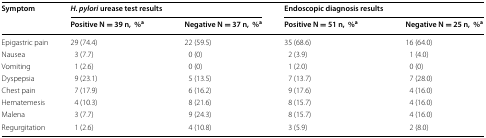
<table><thead><tr><td rowspan="2"><b>Symptom</b></td><td colspan="2"><b><i>H. pylori</i> urease test results</b></td><td colspan="2"><b>Endoscopic diagnosis results</b></td></tr><tr><td><b>Positive N = 39 n,%<sup>a</sup></b></td><td><b>Negative N = 37 n,%<sup>a</sup></b></td><td><b>Positive N = 51 n,%<sup>a</sup></b></td><td><b>Negative N = 25 n,%<sup>a</sup></b></td></tr></thead><tbody><tr><td>Epigastric pain</td><td>29 (74.4)</td><td>22 (59.5)</td><td>35 (68.6)</td><td>16 (64.0)</td></tr><tr><td>Nausea</td><td>3 (7.7)</td><td>0 (0)</td><td>2 (3.9)</td><td>1 (4.0)</td></tr><tr><td>Vomiting</td><td>1 (2.6)</td><td>0 (0)</td><td>1 (2.0)</td><td>0 (0)</td></tr><tr><td>Dyspepsia</td><td>9 (23.1)</td><td>5 (13.5)</td><td>7 (13.7)</td><td>7 (28.0)</td></tr><tr><td>Chest pain</td><td>7 (17.9)</td><td>6 (16.2)</td><td>9 (17.6)</td><td>4 (16.0)</td></tr><tr><td>Hematemesis</td><td>4 (10.3)</td><td>8 (21.6)</td><td>8 (15.7)</td><td>4 (16.0)</td></tr><tr><td>Malena</td><td>3 (7.7)</td><td>9 (24.3)</td><td>8 (15.7)</td><td>4 (16.0)</td></tr><tr><td>Regurgitation</td><td>1 (2.6)</td><td>4 (10.8)</td><td>3 (5.9)</td><td>2 (8.0)</td></tr></tbody></table>